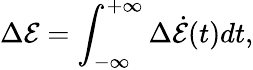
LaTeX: \Delta\mathcal{E}=\int_{-\infty}^{+\infty}\Delta\dot{\mathcal{E}}(t)dt,